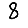
Digit: 8